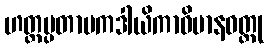
ဟတ္ထပ္ပတာပကဒါယိကာဝိမာနဝတ္ထု